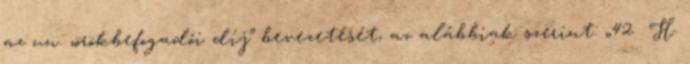
az un. „örökbefogadói díj” bevezetését, az alábbiak szerint: „42 H.